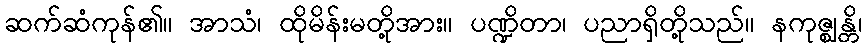
ဆက်ဆံကုန်၏။ အာသံ၊ ထိုမိန်းမတို့အား။ ပဏ္ဍိတာ၊ ပညာရှိတို့သည်။ နကုဇ္ဈန္တိ၊